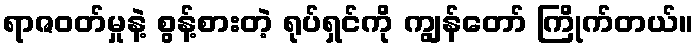
ရာဇဝတ်မှုနဲ့ စွန့်စားတဲ့ ရုပ်ရှင်ကို ကျွန်တော် ကြိုက်တယ်။